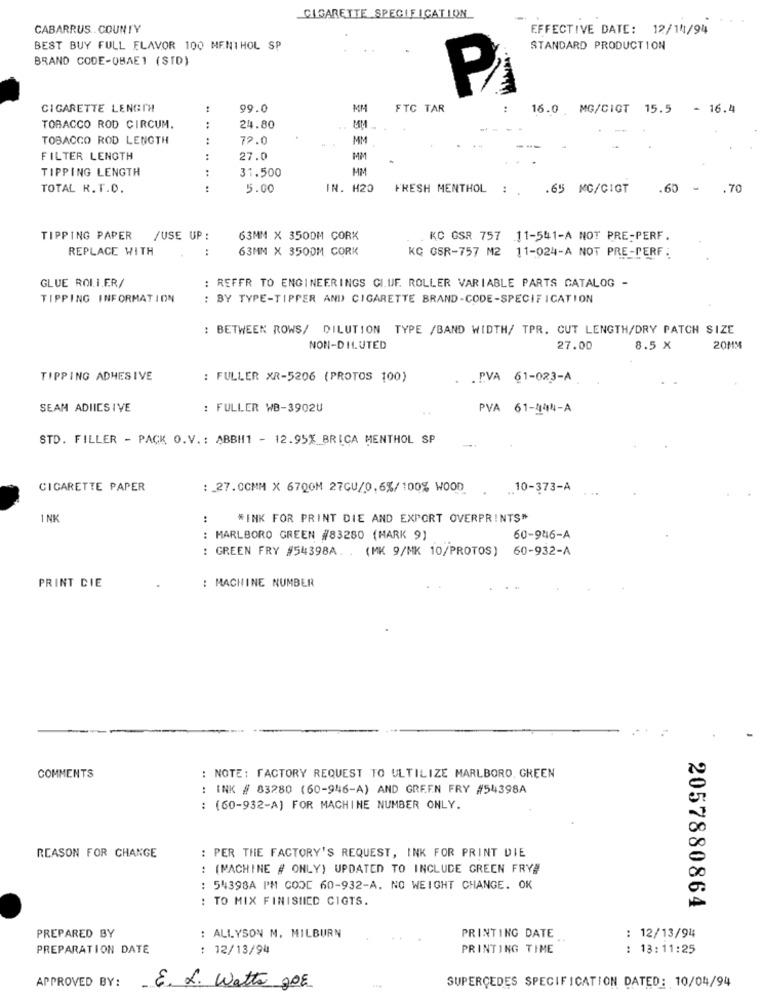
CIGARETTE SPECIFICATION
CABARRUS. COUNTY
EFFECTIVE DATE: 12/14/94
BEST BUY FULL FLAVOR 100 MENTHOL SP
STANDARD PRODUCTION
BRAND CODE-OBAE1 (SID)
P
CIGARETTE LENGTH
99.0
MM
FTC TAR
16.0 MG/CIGT 15.5 - 16.4
TOBACCO ROD CIRCUM.
:
24.80
TOBACCO ROD LENGTH
:
72.0
MM
FILTER LENGTH
27.0
MM
TIPPING LENGTH
:
..... .
31.500
MM
TOTAL R. T.O.
:
5.00
IN. H20
FRESH MENTHOL :
: . . 65 MG/GIGT
.60 -
.70
TIPPING PAPER
/USE UP :
63MM X 3500M CORK
KC GSR 757 11-541-A NOT PRE-PERF.
REPLACE WITH
63MM X 3500M CORK
KG GSR-757 M2 11-024-A NOT PRE-PERF:
GLUE ROLLER/
: REFER TO ENGINEERINGS GI.UF. ROLLER VARIABLE PARTS CATALOG -
TIPPING INFORMATION
: BY TYPE-TIPPER AND) CIGARETTE BRAND-CODE-SPECIFICATION
: BETWEEN ROWS/ DILUTION TYPE /BAND WIDTH/ TPR. CUT LENGTH/DRY PATCH SIZE
NON-DILUTED
27.00
8.5 X
20MM
TIPPING ADHESIVE
: FULLER XR-5206 (PROTOS 100)
. . P.VA 61-023-A
SEAM ADIICS IVE
: FULLER WB-3902U
PVA 61-444-A
STD. FILLER - PACK O.V .: ABBH1 - 12.95% BRICA MENTHOL SP
CIGARETTE PAPER
: _ 27. COMM X 67Q0M 27CU/0,6%/100% WOOD
.. 10-373-A
1 NK
:
#INK FOR PRINT DIE AND EXPORT OVERPRINTS"
: MARLBORO GREEN #83280 (MARK 9)
60-946-A
: GREEN FRY #54398A. . (MK 9/MK 10/PROTOS) 60-932-A
: MACHINE NUMBER
PRINT DIE
COMMENTS
: NOTE: FACTORY REQUEST TO ULTILIZE MARLBORO, GREEN
: INK # 83280 (60-946-A) AND GREEN FRY #54398A
: (60-932-A) FOR MACHINE NUMBER ONLY.
REASON FOR CHANGE
: PER THE FACTORY'S REQUEST, INK FOR PRINT DIE
(MACHINE # ONLY) UPDATED TO INCLUDE GREEN FRYW
..
: 54398A PM GOOD 60-932-A. NO WEIGHT CHANGE. OK
: TO MIX FINISHED CIGTS.
2057880864
PREPARED BY
: ALLYSON M. MILBURN
PRINTING DATE
: 12/13/94
PREPARATION DATE
: 12/13/94
PRINTING TIME
: 13:11:25
APPROVED BY:
E. L. Watts 20E
SUPERÇEDES SPECIFICATION DATED: 10/04/94